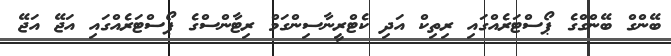
ބޭންގް ބޭންގްގެ ޕޯސްޓަރެއްގައި ރިތިކް އަދި ކެޓްރީނާސިންގަމް ރިޓާންސްގެ ޕޯސްޓަރެއްގައި އަޖޭ އަޖޭ